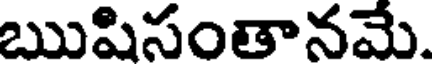
ఋషిసంతానమే.